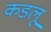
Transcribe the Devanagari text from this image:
कडलू